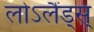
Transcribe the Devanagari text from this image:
लोऽलैंड्स्